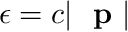
\epsilon = c | \mathrm { ~ \bf ~ p ~ } |